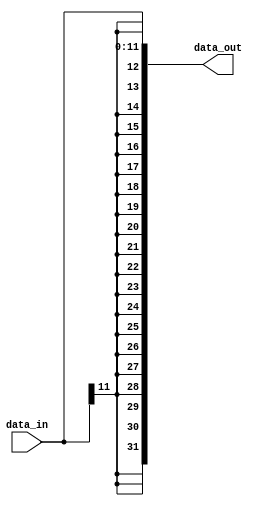
`timescale 1ns / 1ps
module Sign_Extender(data_in, data_out);
	input [11:0] data_in;
	output reg [31:0] data_out;
	always@(*) begin
		data_out <= {{20{data_in[11]}},data_in[11:0]};
		/* I-type instruction Sign extender */
	end
endmodule